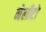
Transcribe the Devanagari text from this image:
मेलीटो